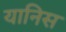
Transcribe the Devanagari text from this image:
यानिस